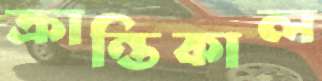
ক্রান্তিকাল